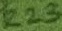
Text: R23